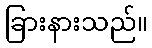
ခြားနားသည်။